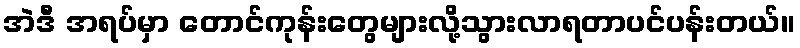
အဲဒီ အရပ်မှာ တောင်ကုန်းတွေများလို့သွားလာရတာပင်ပန်းတယ်။